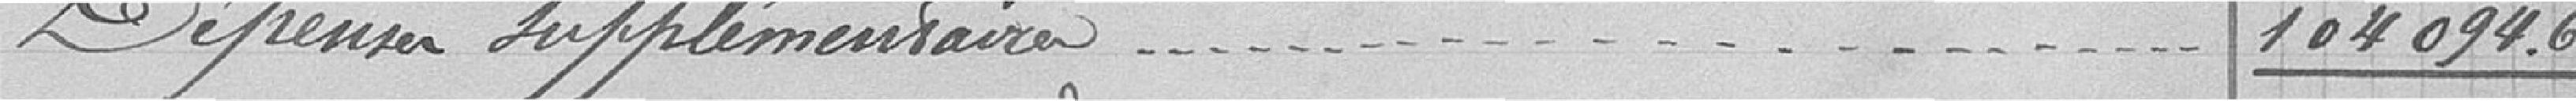
Dépenses supplémentaires…104094.68